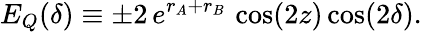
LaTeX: E_{Q}(\delta)\equiv\pm 2\, e^{r_{A}+r_{B}}\, \cos(2z)\cos(2\delta).